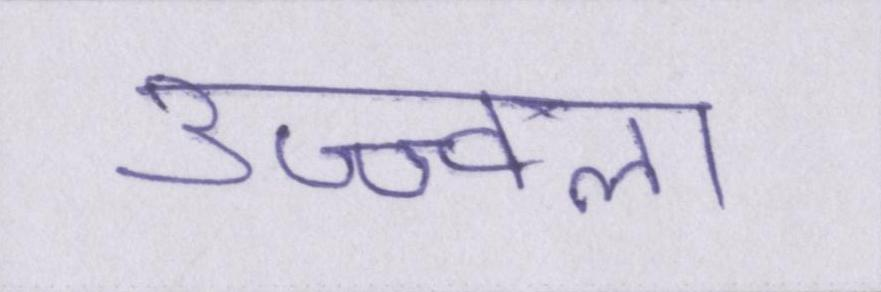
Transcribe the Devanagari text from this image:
उज्ज्वला